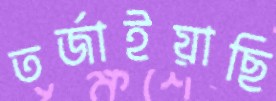
তর্জাইয়াছি